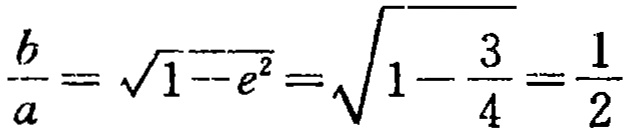
$\frac{b}{a}=\sqrt{1 - e^{2}}=\sqrt{1 - \frac{3}{4}}=\frac{1}{2}$